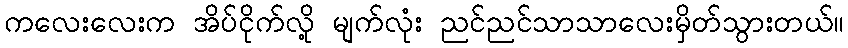
ကလေးလေးက အိပ်ငိုက်လို့ မျက်လုံး ညင်ညင်သာသာလေးမှိတ်သွားတယ်။